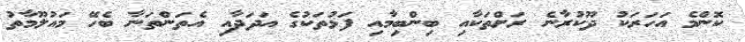
ކޮންމެ އަހަރަކު ދޫކުރާނެ ރަށްތަކާއި ބިންބިމާއި ފަޅުތަކުގެ އަދަދާއި އެތަންތަނާ ބެހޭ މައުލޫމާތު